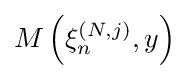
M\left(\xi _{n}^{(N,j)},y\right)